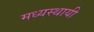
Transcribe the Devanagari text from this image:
मध्यस्थायी